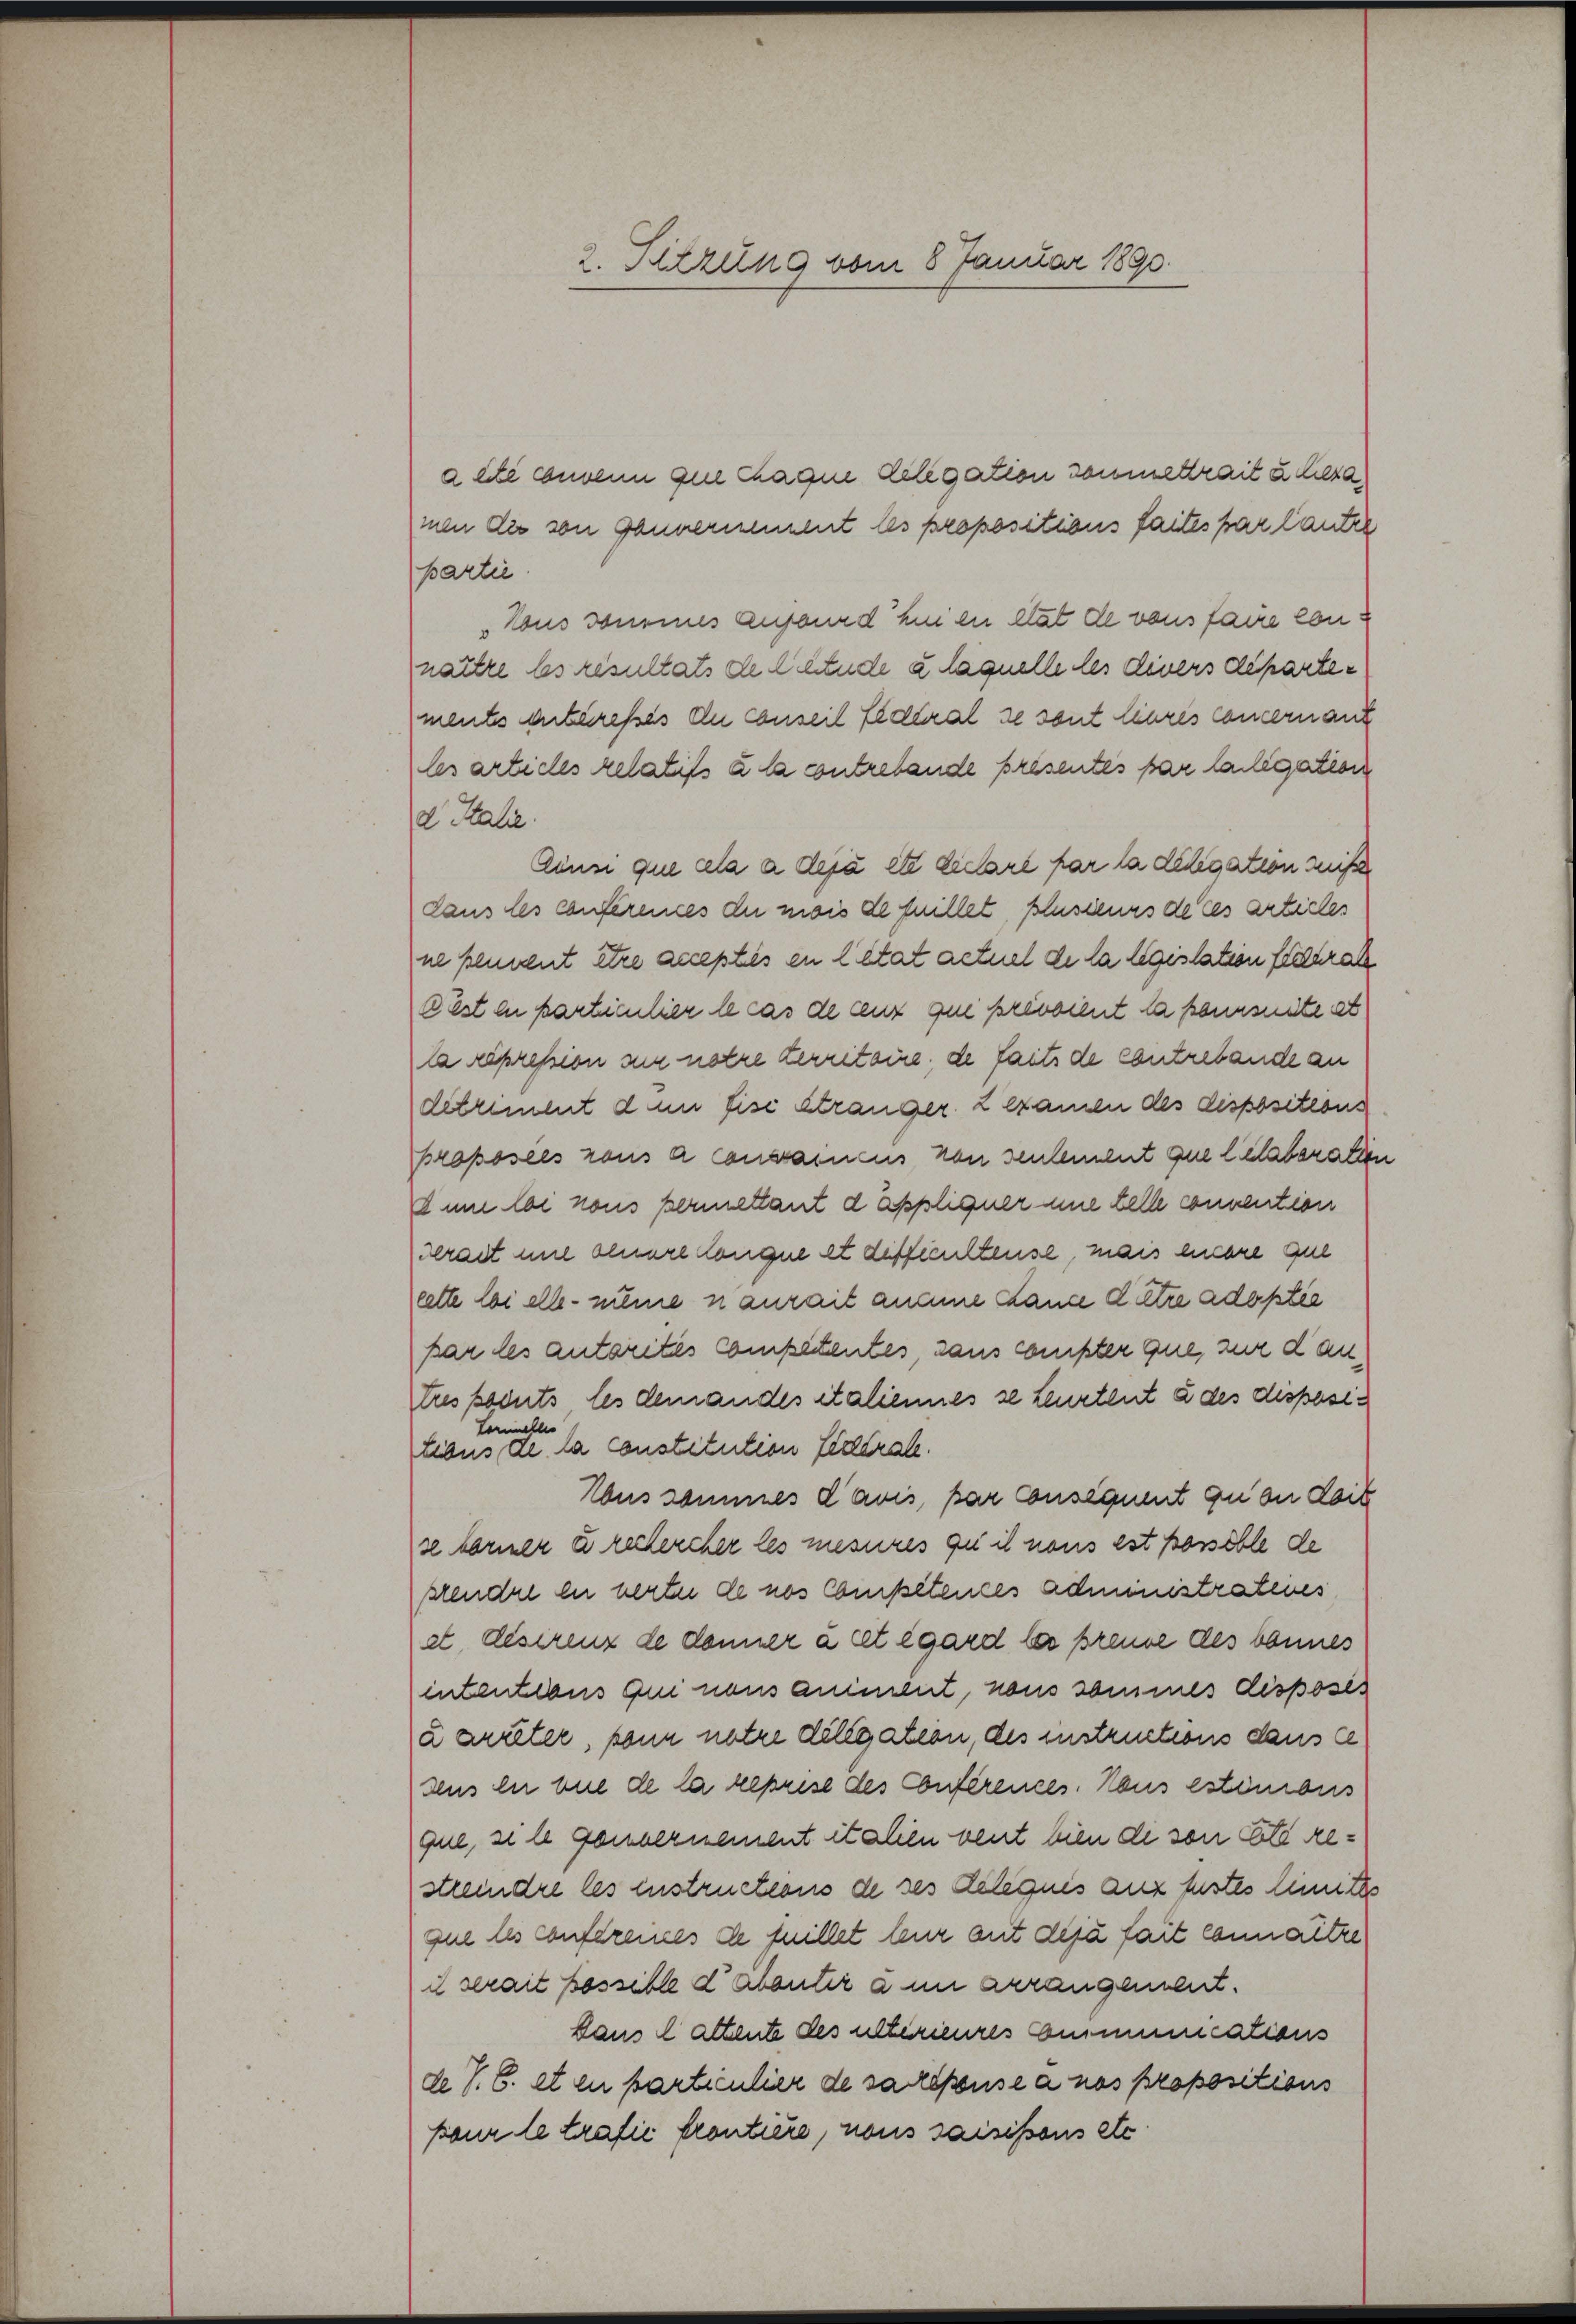
2. Sitzung vom 8 Januar 1890.

acte convenn zu Chagen Delegation soumettrait u. hera
men die von Gannernennent les propositions faites par laute
partie.
Kous sommes Aufsurd hinen Stat de vons faire con
naitre les resultats de Schende u. laquelle les divers departements ditereßes du conseil Lederal se sont leeres concernant
les articles relatifs à la contrebende présentes par teiligation
d. Partie
Cönsi que cela a déjà été dielare far la diligation weiß
dans les conférences du mois de faillet, plusieurs de ces articles
ne peuvent être acceptis en Citat actuel de la legislation flehrack
cest en particulier le cas de aux qui privoient la poursuite et
la repression der notre territoire, de faits de contrebande an
decrement den fise Stranger 2 examen des dispositions
proposels rons à Convaincus von sentement que letateraten
dum loi nous permettant d’appliquer une telle convention
drait mit einere Conque et diffiensteuse, mais einere Gul
eette bei alle numen anrait aname Cance dere adoptie
kar des antarites Competentes, sans conster que, zur dantus pocuts, les demandes italiennes se Leurtent à des disposiennelle
tibus de la constitution federat.
Ebus sommes d’avis, par consequent quon Zeit
se borner u rechercher les mesures qu il nous est possible de
stendet in nerten de nos Compétences administrations
et. disirenz de donner à cet égard les preuve des bonnes
intentions qui nous animent, nous sommes disposes
uarreter, sonn notre diligation, des instructions dans ce
deus in vie de la reprise des Conferences. Haus estimonis
que, si le gouvernement italien vent bien di von Ett restreidre les instructions de ses Delequis anz festes limites
que des Confereines de fuillet leur mit dija fait connaitre
u serait possible d Abentir à un arrangement.
dans Cattente des ultérieures Communications
de J. C. et en particulier de sacepouse à nos propositions
pour le trafie frontiere, nous saisissons etc.